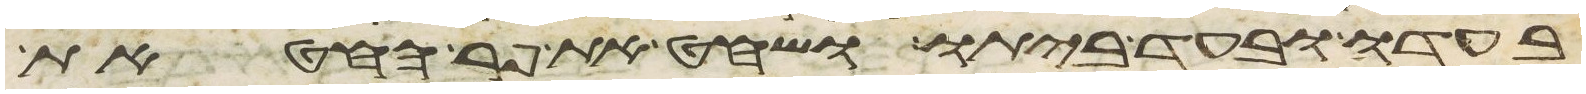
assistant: בעדו ובעד ביתו ושחט את פר החטאת